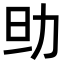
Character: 𠡎